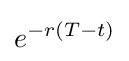
e^{-r(T-t)}